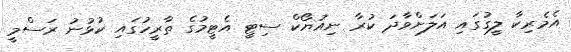
އެމެރިކާ ލީގުގައި އަލަށްވާދަ ކުރާ ނިއުޔޯކް ސިޓީ އެޓީމުގެ ތާރީހުގައި ކުޅުނު ރަސްމީ